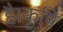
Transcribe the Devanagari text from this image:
है।कृषि